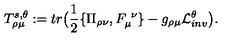
T _ { \rho \mu } ^ { s , \theta } : = t r \big ( { \frac { 1 } { 2 } } \{ \Pi _ { \rho \nu } , F _ { \mu } ^ { \ \nu } \} - g _ { \rho \mu } { \cal L } _ { i n v } ^ { \theta } \big ) .